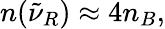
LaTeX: n({\tilde{\nu}}_{R})\approx 4n_{B},